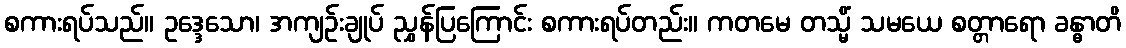
စကားရပ်သည်။ ဥဒ္ဒေသော၊ အကျဉ်းချုပ် ညွှန်ပြကြောင်း စကားရပ်တည်း။ ကတမေ တသ္မိံ သမယေ စတ္တာရော ခန္ဓာတိ